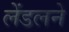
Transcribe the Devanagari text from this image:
लेंडलने